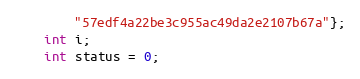
Language: C++
        "57edf4a22be3c955ac49da2e2107b67a"};
    int i;
    int status = 0;